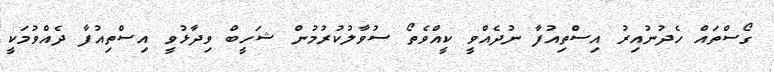
ގޯސްތައް ހެދުނުއިރު އިސްތިއުފާ ނުދެއްވީ ކީއްވެތޯ ސުވާލުކުރުމުން ޝަހީބް ވިދާޅުވީ އިސްތިއުފާ ދެއްވުމަކީ